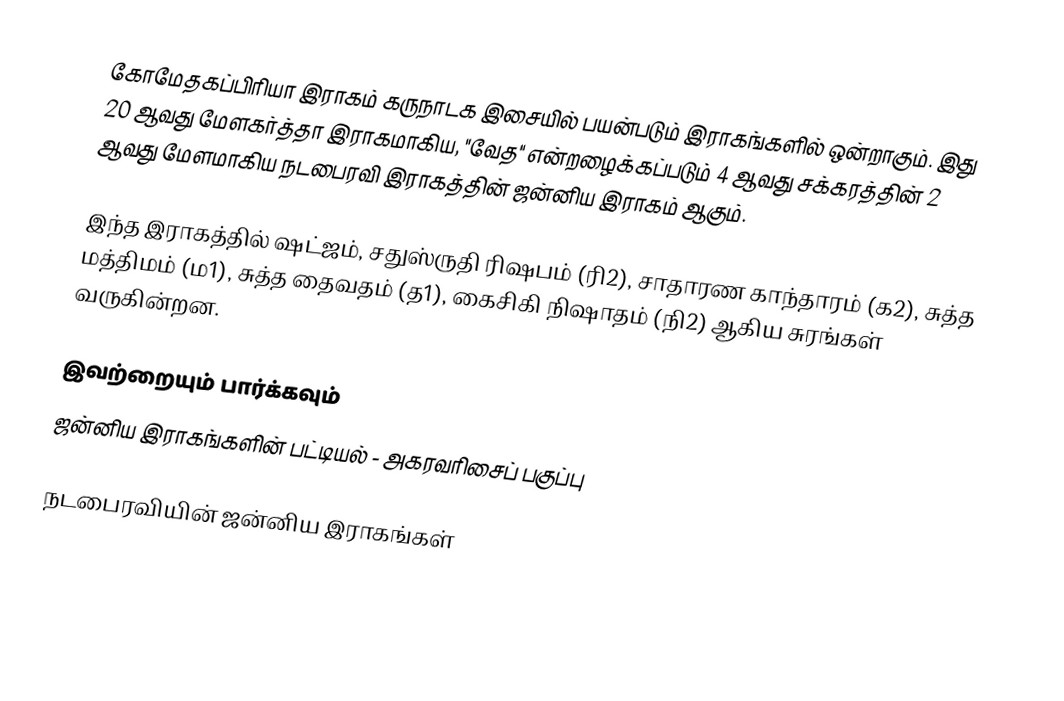
கோமேதகப்பிரியா இராகம் கருநாடக இசையில் பயன்படும் இராகங்களில் ஒன்றாகும். இது 20 ஆவது மேளகர்த்தா இராகமாகிய, "வேத" என்றழைக்கப்படும் 4 ஆவது சக்கரத்தின் 2 ஆவது மேளமாகிய நடபைரவி இராகத்தின் ஜன்னிய இராகம் ஆகும்.

இந்த இராகத்தில் ஷட்ஜம், சதுஸ்ருதி ரிஷபம் (ரி2),  சாதாரண காந்தாரம் (க2), சுத்த மத்திமம் (ம1), சுத்த தைவதம் (த1), கைசிகி நிஷாதம்  (நி2) ஆகிய சுரங்கள் வருகின்றன.

இவற்றையும் பார்க்கவும்
 ஜன்னிய இராகங்களின் பட்டியல் - அகரவரிசைப் பகுப்பு

நடபைரவியின் ஜன்னிய இராகங்கள்